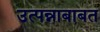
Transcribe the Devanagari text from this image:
उत्पन्नाबाबत